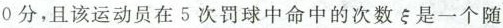
0分，且该运动员在5次罚球中命中的次数\xi 是一个随